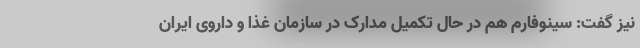
نیز گفت: سینوفارم هم در حال تکمیل مدارک در سازمان غذا و داروی ایران